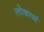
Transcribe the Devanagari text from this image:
लोकार्थ